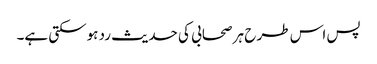
پس اس طر ح ہر صحابی کی حدیث رد ہوسکتی ہے۔